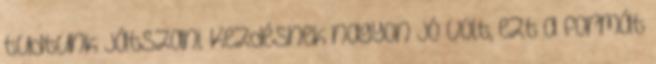
tudtunk játszani. Kezdésnek nagyon jó volt, ezt a formát